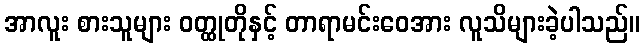
အာလူး စားသူများ ဝတ္ထုတိုနှင့် တာရာမင်းဝေအား လူသိများခဲ့ပါသည်။